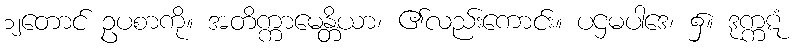
၁၂တောင် ဥပစာကို။ အတိက္ကာမေန္တိယာ၊ ၏လည်းကောင်း။ ပဌမပါဒေ၊ ၌။ ဒုက္ကဋံ